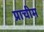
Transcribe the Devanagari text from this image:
प्राचीम